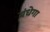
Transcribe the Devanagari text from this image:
बंधेगा